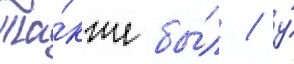
Та́кже бы́л / у́